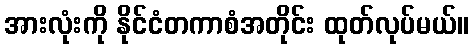
အားလုံးကို နိုင်ငံတကာစံအတိုင်း ထုတ်လုပ်မယ်။